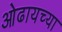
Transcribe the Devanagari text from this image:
ओढायच्या